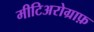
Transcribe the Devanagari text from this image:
मीटिअरोग्राफ़